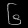
Digit: ၆